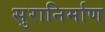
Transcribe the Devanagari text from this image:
सुरानिर्माण